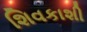
શિવકાશી